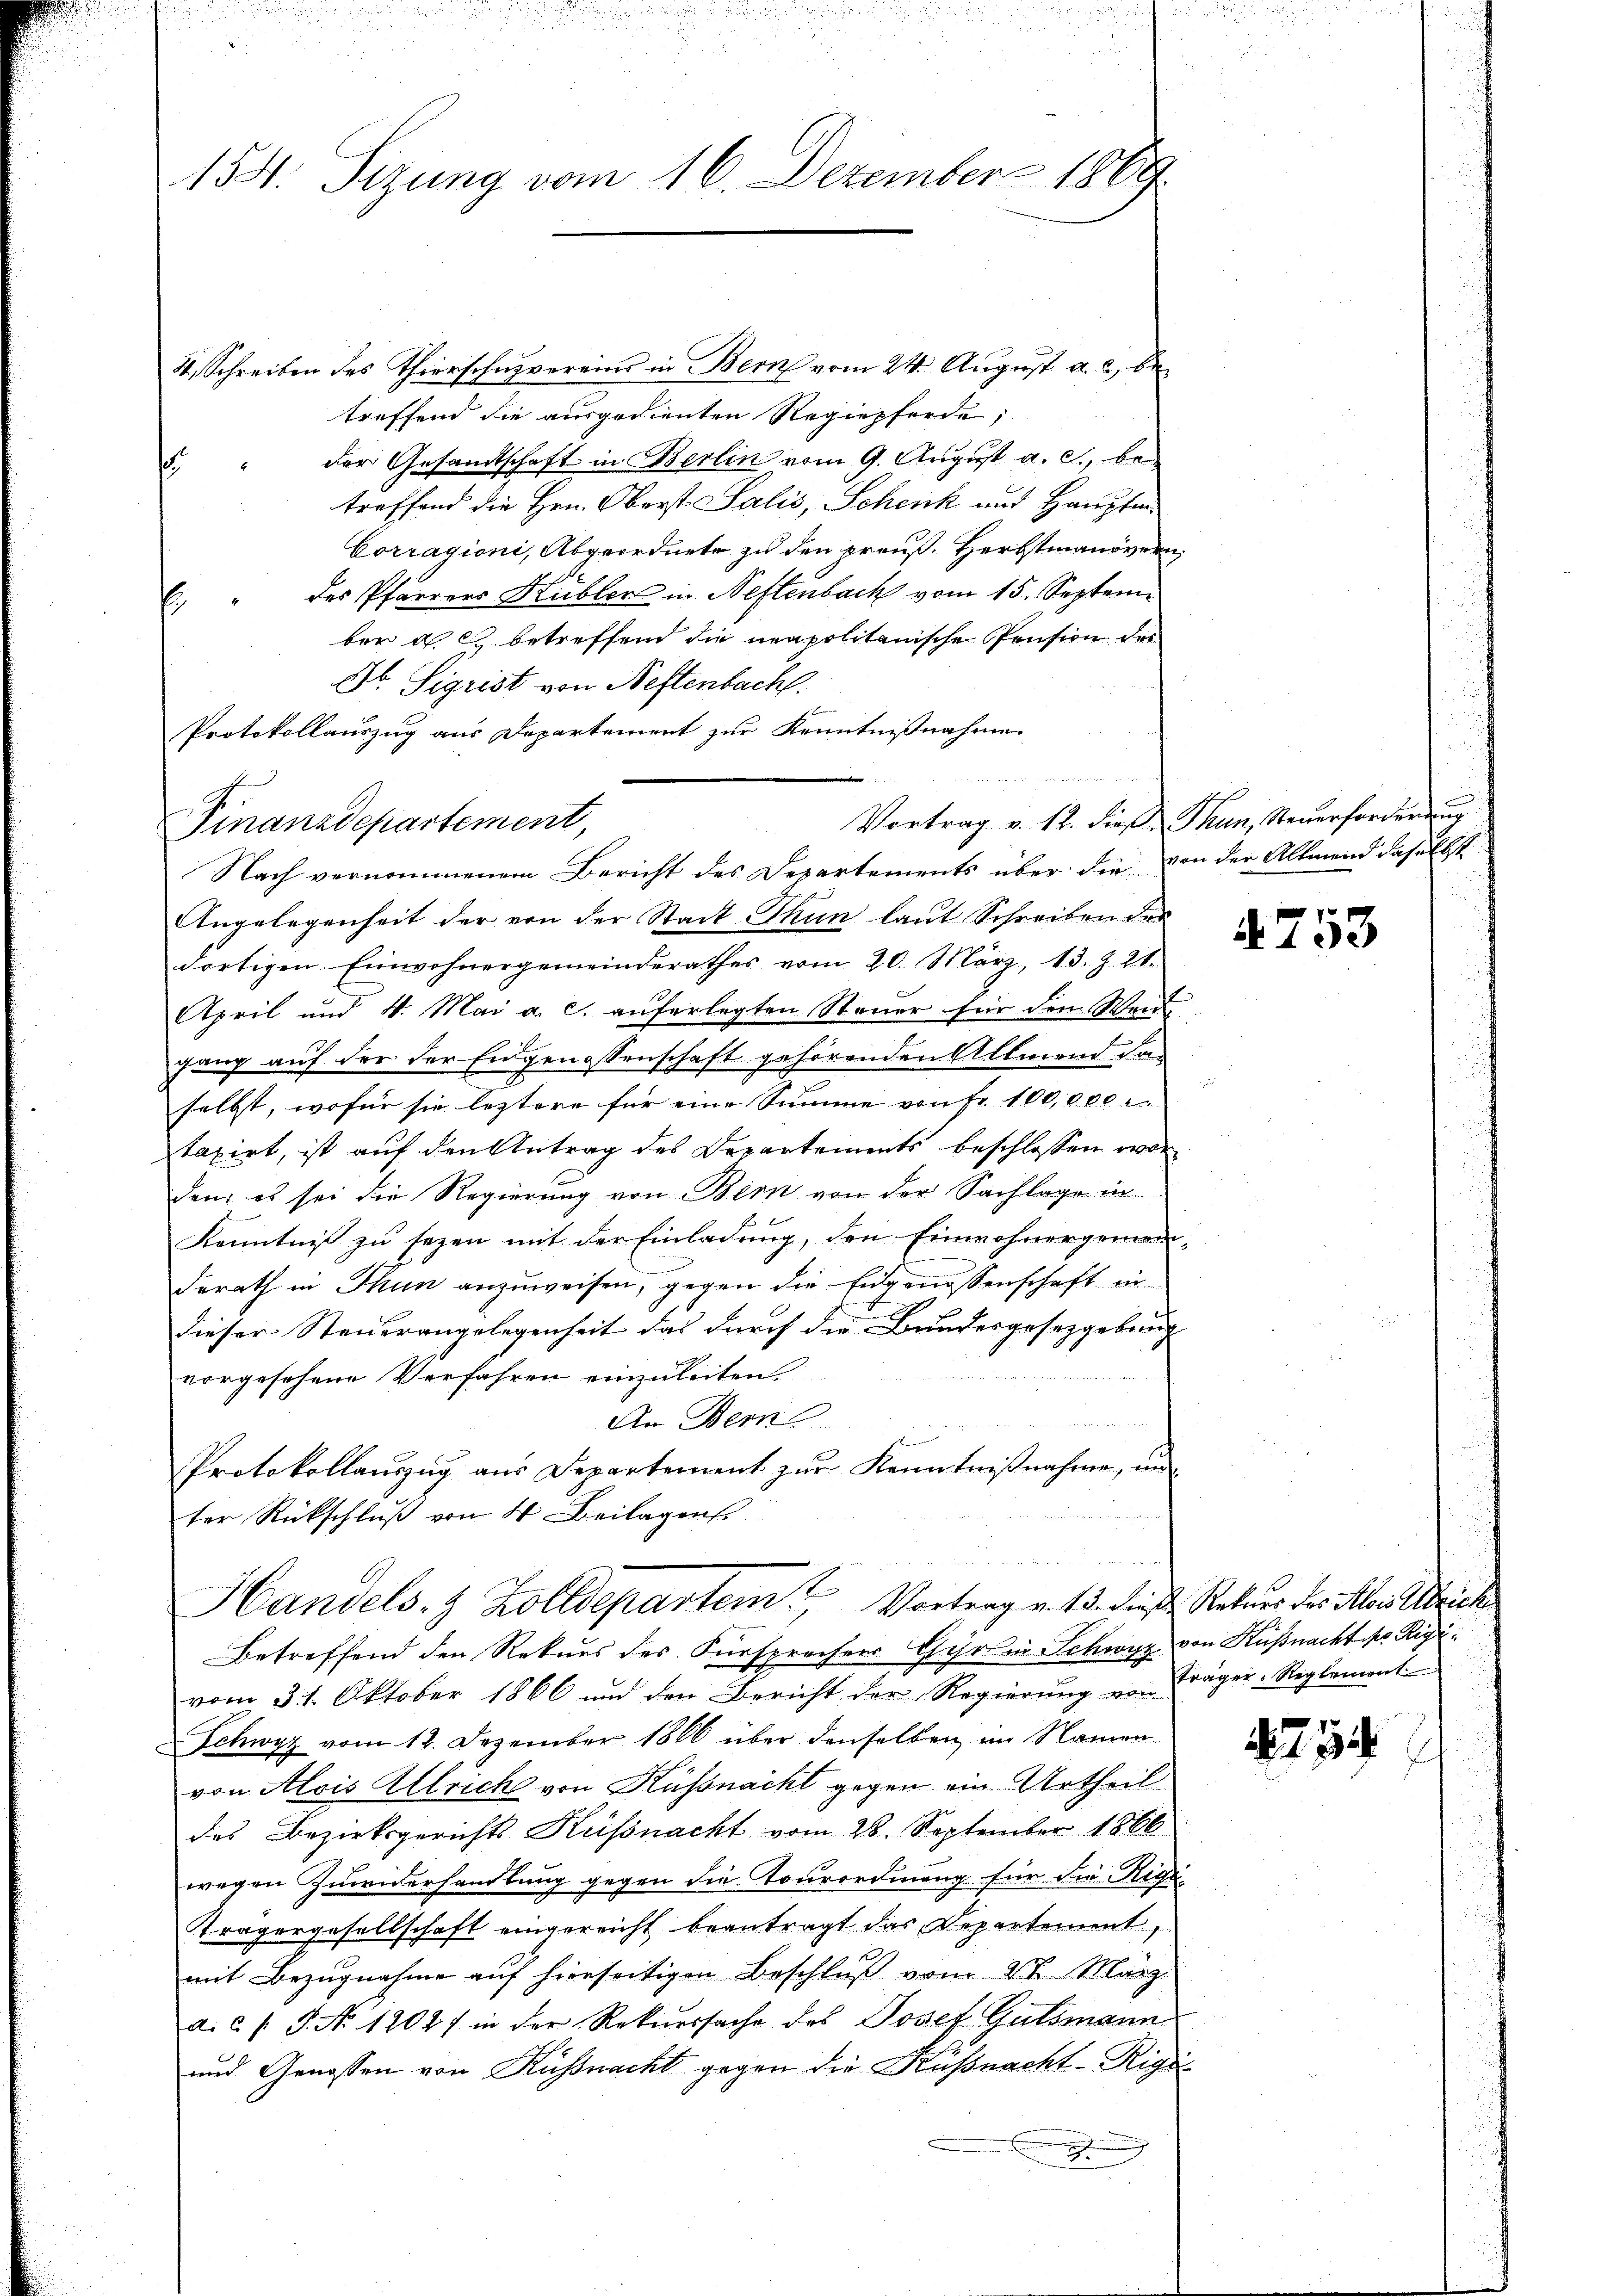
4, Schreiben des Thierschuzvereins in Bern vom 24. August a. c., be
treffend die ausgedienten Regiepferde,
der Gesandtschaft in Berlin vom 9. August a. c., bes
treffend die Hrn. Oberst Salis, Schenk und Hauptm.
Corragioni, Abgeordnete zu den preuß. Herbstmanövern,
des Pfarrers Kübler in Neftenbach vom 15. Septem
t
ber a. c. betreffend die neapolitanische Pension der
Dr. Sigrist von Neftenbach.
Protokollauszug aus Departement zur Kenntnißnahme
Vortrag v. 12. dieß, Thun, Steuerforderun
Angelegenheit der von der Stadt Thun laut Schreiben der
dortigen Einwohnergemeinderathes vom 20. März, 13. Z. 21.
April und 4. Mai a. c. auferlegten Steuer für den Weid
gang auf der der Eidgenossenschaft gehörenden Allmend dar
e
selbst, wofür sie leztere für eine Summe von Fr. 100,000 |
taxirt, ist auf den Antrag des Departements beschlossen wor
den; es sei die Regierung von Bern von der Sachlage in
Kenntniß zu sezen mit der Einladung, den Einwohnergemein
derath in Thun anzuweisen, gegen die Eidgenossenschaft in
dieser Steuerangelegenheit das durch die Bundesgesetzgebung
vorgesehene Verfahren einzuleiten.
An Bern
Protokollauszug aus Departement zur Kenntnißnahme, un
ter Rückschluß von 4 Beilagen.

154. Sizung vom 16. Dezember 1869

d
Finanzdepartement,
Nach vernommenem Bericht des Departements über die

Handels- & Zolldepartem Vortrag v. 13. dieß Rekurs der Herstric
Betreffend den Rekurs des Fürsprechens ihr in Schwyz von Küßnacht pr. Rigi¬

vom 31. Oktober 1866 und den Bericht der Regierung von Träger-Reglement
Schwyz vom 12. Dezember 1866 über denselben im Namen
von Alois Allrich von Küßnacht gegen ein Urtheil
des Bezirksgerichts Küssnacht vom 28. September 1866
wegen Zuwiderhandlung gegen die Tourordnung für die Rige
Trägergesellschaft eingereicht beantragt das Departement,
mit Bezŭgnahme aŭf hierseitigen Beschlŭβ vom 2ten März
a.c. s. S. No. 1202) in der Rekurssache des Josef Gutsmann
und Genossen von Küssnacht gegen die Küßnacht-Rigi-

von der Allmend daselbst

§753

479